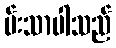
မ်းသာပါသည်